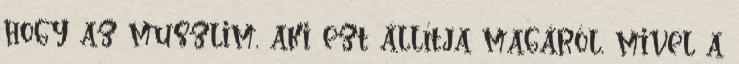
hogy az muszlim, aki ezt állítja magáról, mivel a